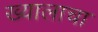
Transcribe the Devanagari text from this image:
ख्यालाचा